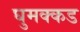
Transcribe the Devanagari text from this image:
घुमक्कड